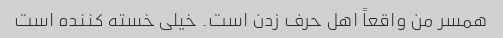
همسر من واقعاً اهل حرف زدن است. خیلی خسته کننده است